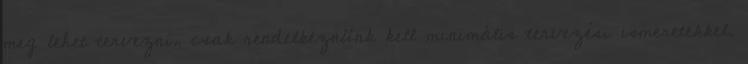
meg lehet tervezni, csak rendelkeznünk kell minimális tervezési ismeretekkel.